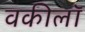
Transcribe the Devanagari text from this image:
वकीलॉ